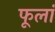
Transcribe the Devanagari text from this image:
फूलां